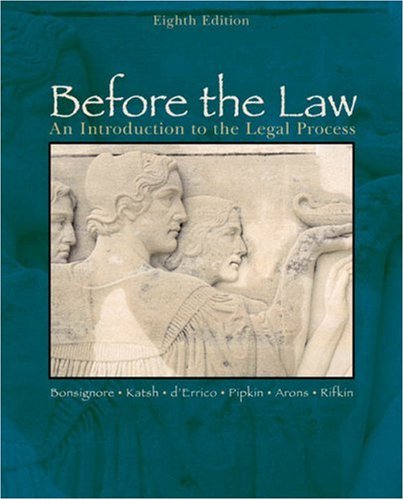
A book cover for Before the Law: An Introduction to the Legal Process; John J. Bonsignore; Law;